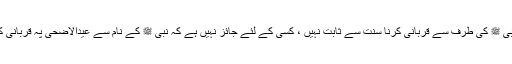
گویا نبی ﷺ کی طرف سے قربانی کرنا سنت سے ثابت نہیں ، کسی کے لئے جائز نہیں ہے کہ نبی ﷺ کے نام سے عیدالاضحی پہ قربانی کرے ۔